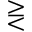
\gtreqless